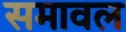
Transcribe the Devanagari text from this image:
समावल